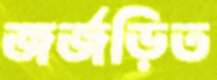
জর্জড়িত